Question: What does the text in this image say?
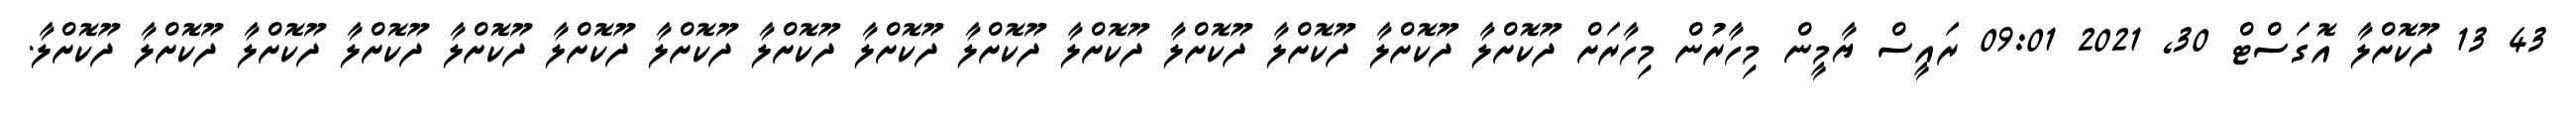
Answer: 43 13 ދޫކޮށްލާ އޮގަސްޓް 30, 2021 09:01 ރައީސް ޔާމީން މިހާރުން މިހާރަށް ދޫކޮށްލާ ދޫކޮށްލާ ދޫކޮށްލާ ދޫކޮށްލާ ދޫކޮށްލާ ދޫކޮށްލާ ދޫކޮށްލާ ދޫކޮށްލާ ދޫކޮށްލާ ދޫކޮށްލާ ދޫކޮށްލާ ދޫކޮށްލާ ދޫކޮށްލާ ދޫކޮށްލާ ދޫކޮށްލާ.